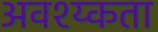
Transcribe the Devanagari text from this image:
अवश्य्कता